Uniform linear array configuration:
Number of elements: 48
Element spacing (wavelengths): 0.75
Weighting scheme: cosine
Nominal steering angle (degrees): -30
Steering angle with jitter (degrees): -31.113
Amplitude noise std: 0.05
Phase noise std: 0.05

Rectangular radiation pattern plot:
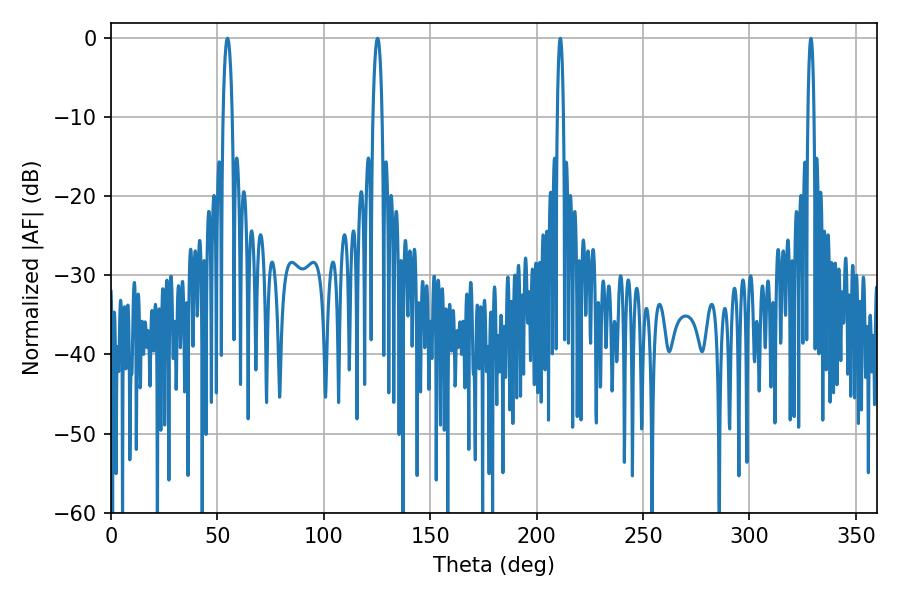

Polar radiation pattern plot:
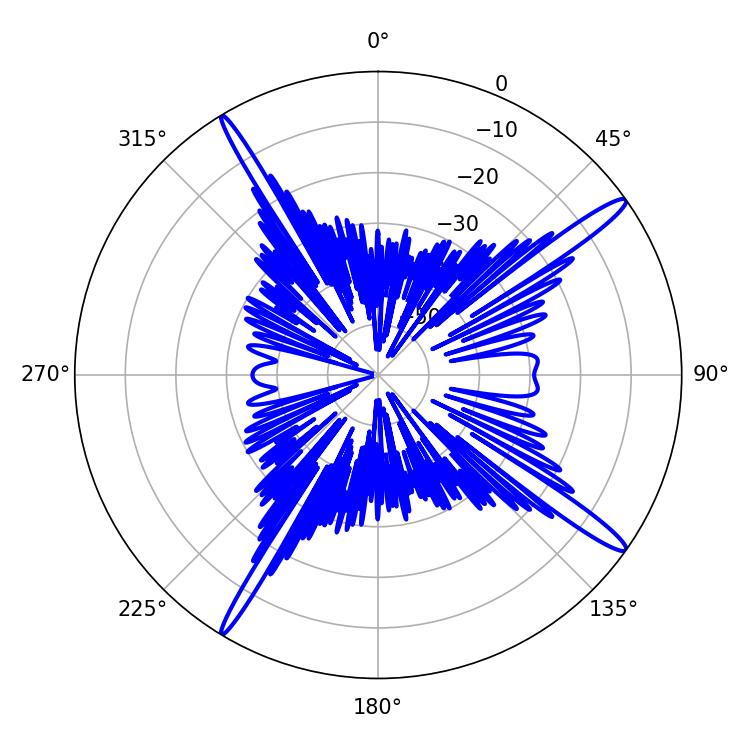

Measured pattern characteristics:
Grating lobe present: TRUE
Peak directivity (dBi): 16.432
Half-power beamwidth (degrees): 2.34
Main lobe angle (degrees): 54.72